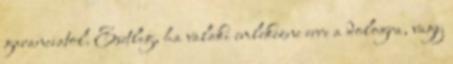
garanciatol. Esetleg, ha valaki emlekezne erre a dologra, vagy